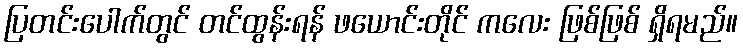
ပြတင်းပေါက်တွင် တင်ထွန်းရန် ဖယောင်းတိုင် ကလေး ဖြစ်ဖြစ် ရှိရမည်။